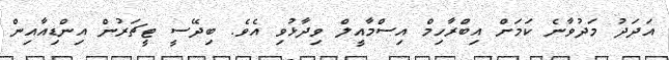
އަދަދު މަދުވާނެ ކަމަށް އިބްރާހިމް އިސްމާއީލް ވިދާޅުވި އެވެ. ބިދޭސީ ޓީޗަރުން އިންޑިއާއިން